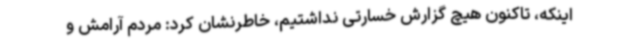
اینکه، تاکنون هیچ گزارش خسارتی نداشتیم، خاطرنشان کرد: مردم آرامش و